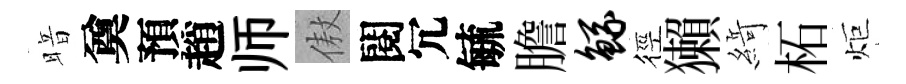
暗奠預趙师傲閱冗毓膽鲧徑獺𦂶柘炬